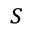
_ S